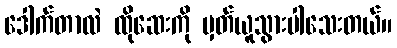
ဒေါက်တာလဲ ထိုဆေးကို မှတ်ယူသွားပါသေးတယ်။